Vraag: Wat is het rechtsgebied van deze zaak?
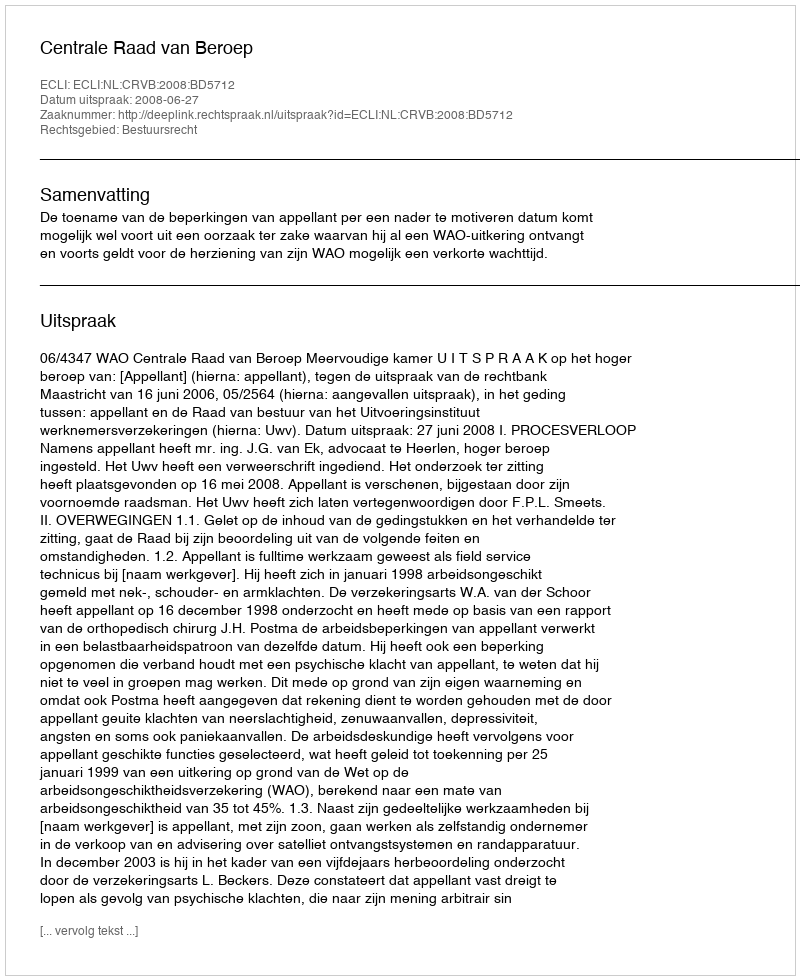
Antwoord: Bestuursrecht